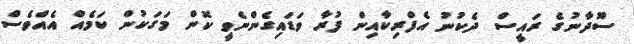
ސޫދާނުގެ ރައީސް ދެކުނު އެފްރިކާއިން ފުރާ ވަޑައިގެންނެވީ ކޮން މަގަކުން ކަމެއް އެއްވެސް